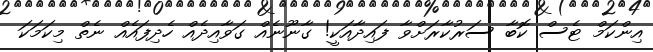
އިންކަމް ޓެސް ކޮބާ ސަރުކާރަށްވާ ފައިދާއަކީ! ގާނޫނެއް ގަވާއިދެއް ހެދިފައެއް ނެތް މިކަމަކަ